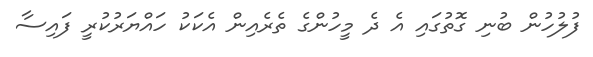
ފުލުހުން ބުނި ގޮތުގައި އެ ދެ މީހުންގެ ތެރެއިން އެކަކު ހައްޔަރުކުރީ ފައިސާ